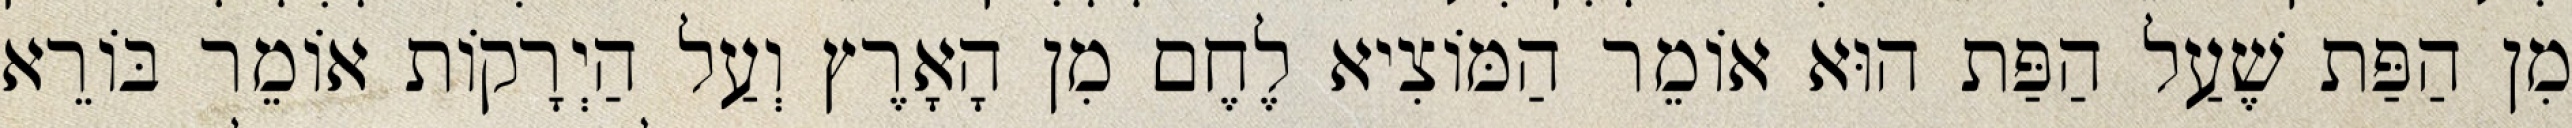
מִן הַפַּת שֶׁעַל הַפַּת הוּא אוֹמֵר הַמּוֹצִיא לֶחֶם מִן הָאָרֶץ וְעַל הַיְרָקוֹת אוֹמֵר בּוֹרֵא